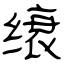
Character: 缞